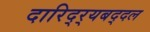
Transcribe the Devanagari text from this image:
दारिद्‌र्‍यबद्दल